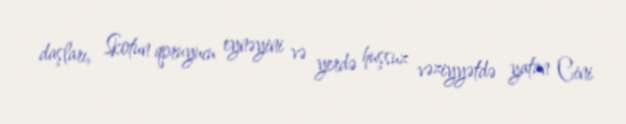
daşları, Skotun qoruyucu eynəyini və yerdə huşsuz vəziyyətdə yatan Cini